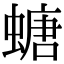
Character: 螗